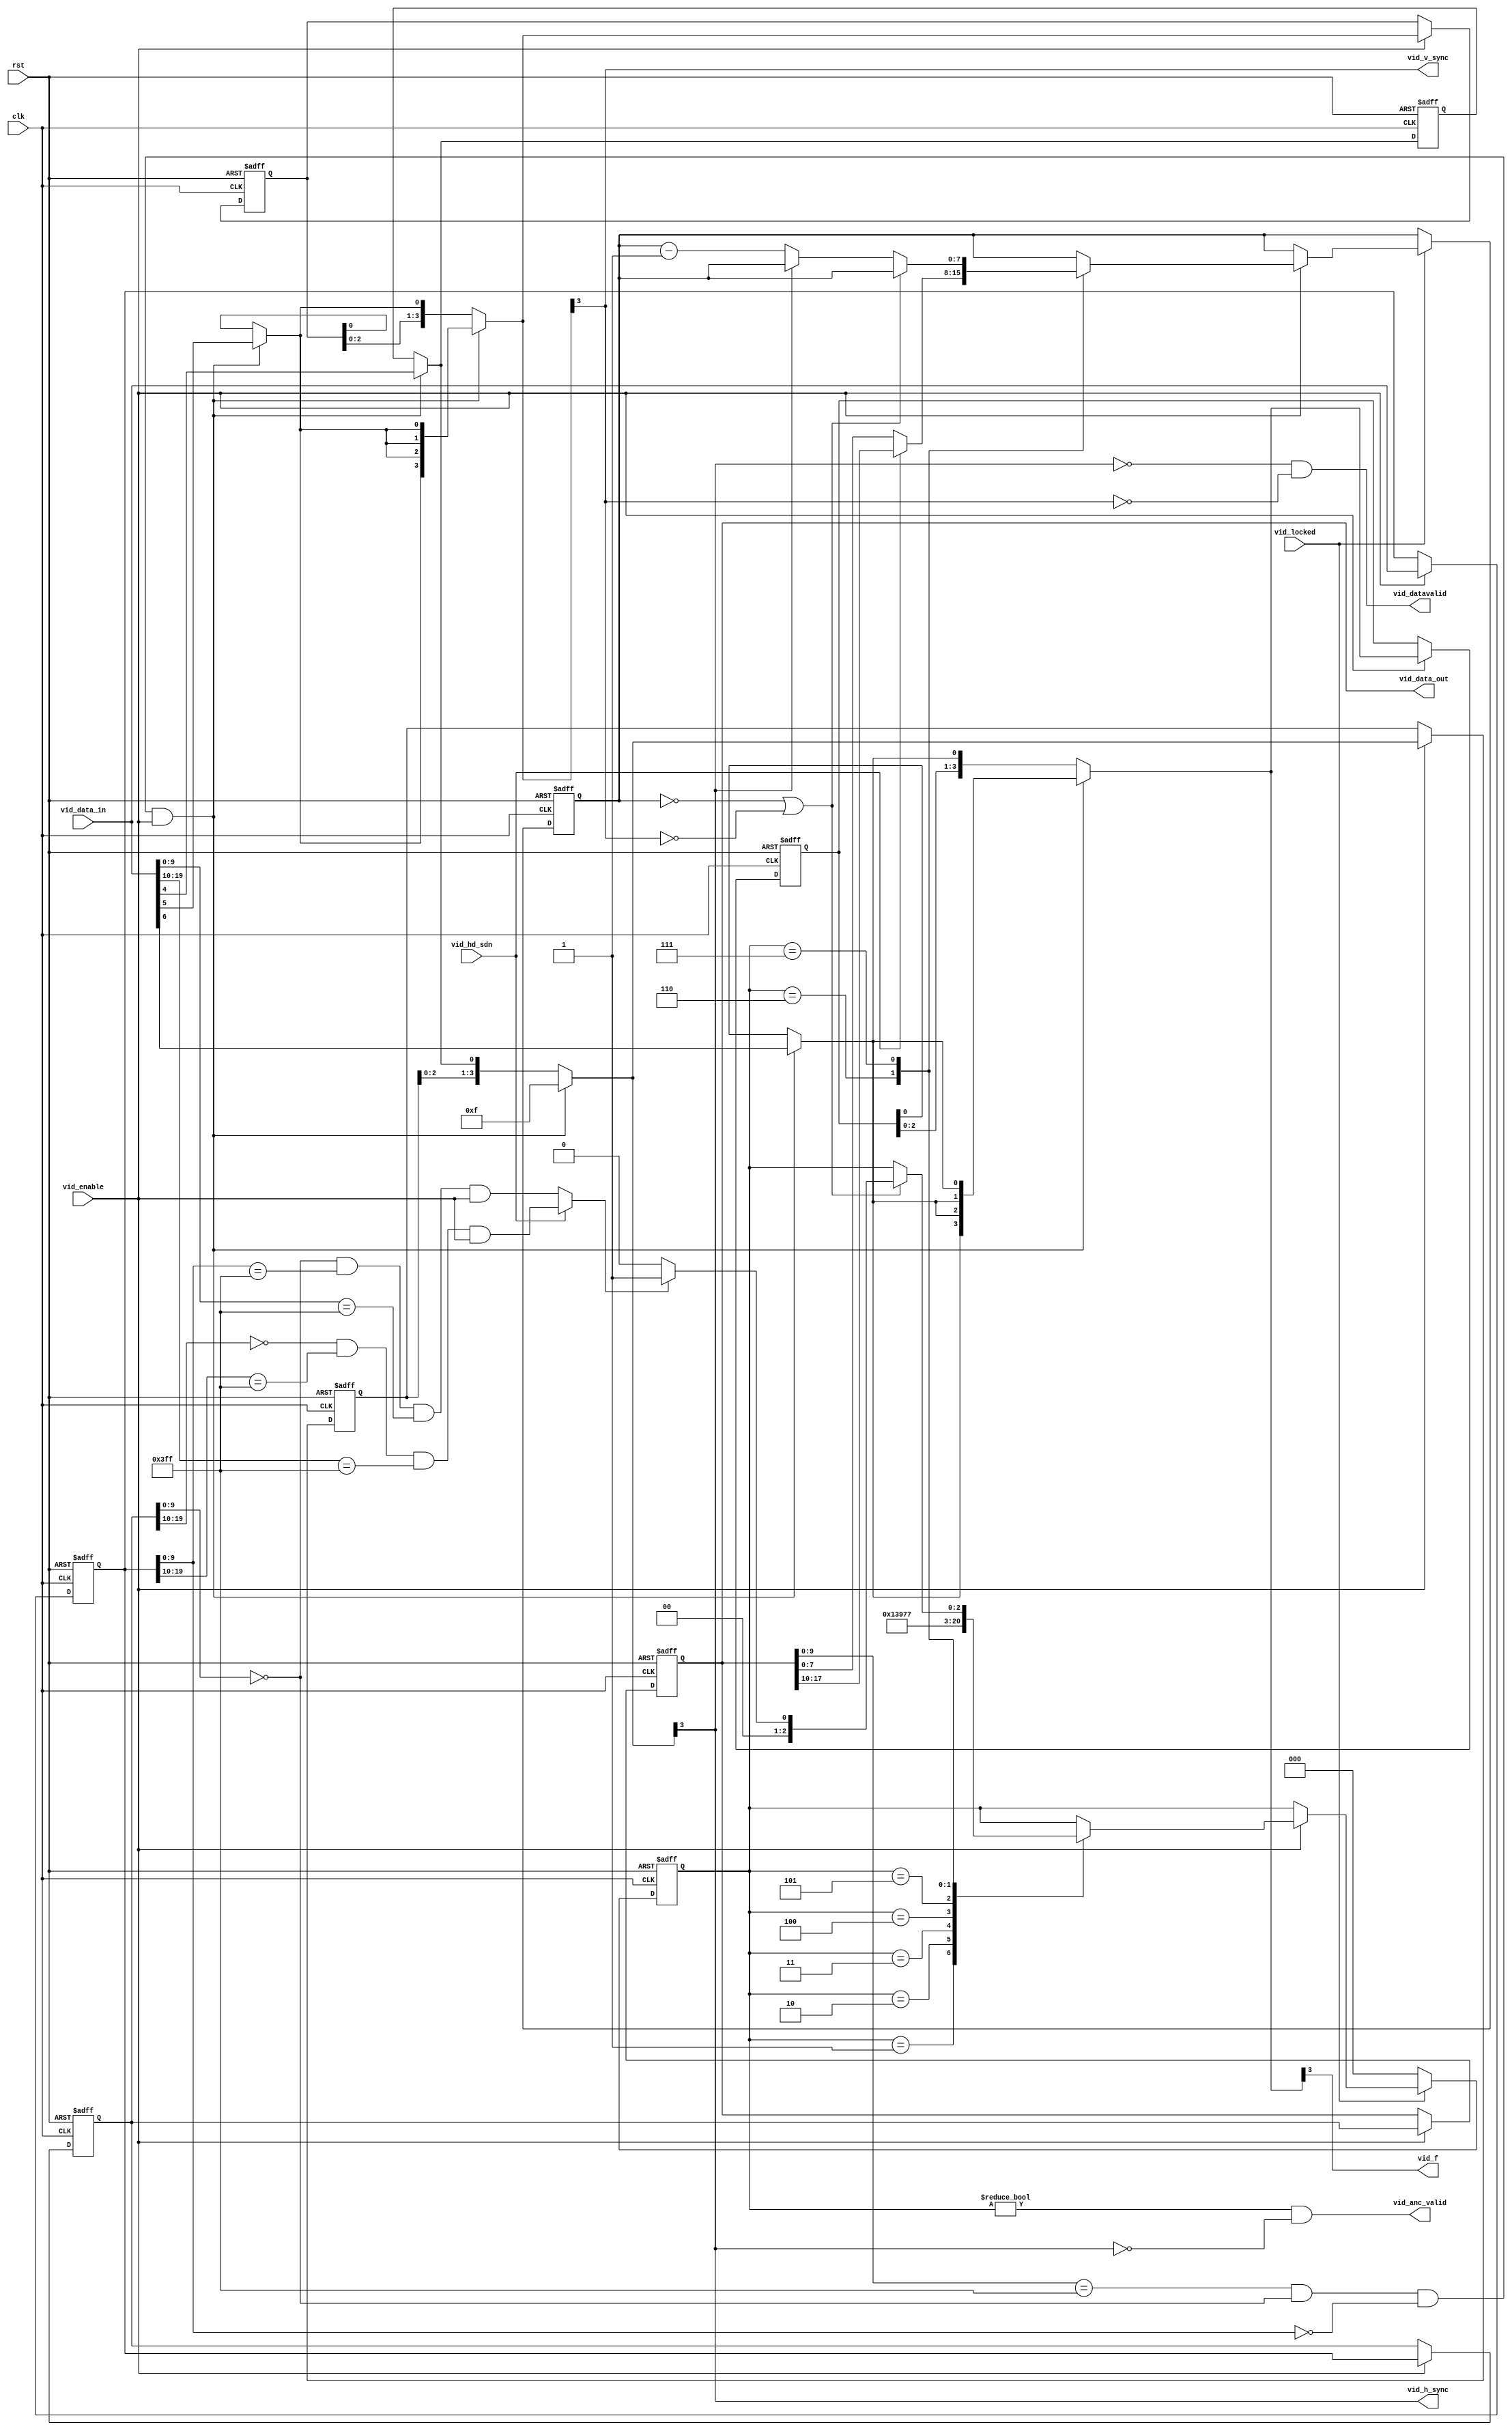
module alt_vipcti131_Vid2IS_embedded_sync_extractor
    #(parameter 
        DATA_WIDTH = 20,
        BPS = 10,
        BASE = 0,
        GENERATE_ANC = 0)
    (
        input wire rst,
        input wire clk,
    
        // video
        input wire vid_locked,
        input wire vid_enable,
        input wire vid_hd_sdn,
        input wire [DATA_WIDTH-1:0] vid_data_in,
    
        // optional video ports
        output wire vid_f,
        output wire vid_v_sync,
        output wire vid_h_sync,
        output wire vid_datavalid,
        output wire vid_anc_valid,
        output wire [DATA_WIDTH-1:0] vid_data_out);

// TODO: compile this and fix any errors
        
// When using embedded syncs the h,v and f flags must be extracted from the
// BT656 stream and used to extract the active picture data.
wire trs;
wire anc_nxt, anc_nxt_sd, anc_nxt_hd;
reg [2:0] anc_state;
reg [7:0] data_count;
wire [7:0] data_count_next, data_count_next_sd, data_count_next_hd;
reg [DATA_WIDTH-1:0] vid_data0, vid_data1, vid_data2;
reg [3:0] wrreq_regs;
wire h_next, v_next, f_next;
wire h, v;
reg h_reg;
reg [3:0] f_delay, h_delay, v_delay;
wire [3:0] f_delay_nxt, h_delay_nxt, v_delay_nxt;

localparam ANC_IDLE         = 3'd0;
localparam ANC_DATA_FLAG_1  = 3'd1;
localparam ANC_DATA_FLAG_2  = 3'd2;
localparam ANC_DATA_FLAG_3  = 3'd3;
localparam ANC_DID          = 3'd4;
localparam ANC_SID          = 3'd5;
localparam ANC_DATA_COUNT   = 3'd6;
localparam ANC_USER_WORDS   = 3'd7;

assign vid_data_out = vid_data2;

assign trs = (vid_data2[BPS-1:0] == {BPS{1'b1}}) &
             (vid_data1[BPS-1:0] == {BPS{1'b0}}) &
             (vid_data0[BPS-1:0] == {BPS{1'b0}}) &
             vid_enable;
             
assign anc_nxt_sd = (vid_data1[BPS-1:0]    == {BPS{1'b0}}) &
                    (vid_data0[BPS-1:0]    == {BPS{1'b1}}) &
                    (vid_data_in[BPS-1:0]  == {BPS{1'b1}}) &
                    vid_enable;
assign data_count_next_sd = vid_data2[7:0];

assign anc_nxt_hd = (vid_data1[DATA_WIDTH-1:DATA_WIDTH-BPS]    == {BPS{1'b0}}) &
                    (vid_data0[DATA_WIDTH-1:DATA_WIDTH-BPS]    == {BPS{1'b1}}) &
                    (vid_data_in[DATA_WIDTH-1:DATA_WIDTH-BPS]  == {BPS{1'b1}}) &
                    vid_enable;
assign data_count_next_hd = vid_data2[(DATA_WIDTH-BPS)+7:DATA_WIDTH-BPS];

assign anc_nxt = (vid_hd_sdn) ? anc_nxt_hd : anc_nxt_sd;
assign data_count_next = (vid_hd_sdn) ? data_count_next_hd : data_count_next_sd;

assign vid_anc_valid = anc_state != ANC_IDLE && !vid_h_sync;
assign h_next = (trs) ? vid_data_in[BASE+4] : h_reg;
assign v_next = (trs) ? vid_data_in[BASE+5] : v_delay[0];
assign f_next = (trs) ? vid_data_in[BASE+6] : f_delay[0];
assign h_delay_nxt = (trs) ? 4'b1111 : {h_delay[2:0], h_next};
assign v_delay_nxt = (trs) ? {4{v_next}} : {v_delay[2:0], v_next};
assign f_delay_nxt = (trs) ? {4{f_next}} : {f_delay[2:0], f_next};
assign h = h_delay_nxt[3];
assign v = v_delay_nxt[3];
assign vid_f = f_delay_nxt[3];
assign vid_h_sync = h;
assign vid_v_sync = v;
assign vid_datavalid = ~h & ~v;
assign count_cycle = vid_enable;
assign last_sample = (v_next && ~v_delay[0]) || (anc_state == ANC_DATA_FLAG_3 && ~anc_nxt);

always @ (posedge rst or posedge clk) begin
    if(rst) begin
        vid_data0 <= {DATA_WIDTH{1'b0}};
        vid_data1 <= {DATA_WIDTH{1'b0}};
        vid_data2 <= {DATA_WIDTH{1'b0}};
        
        h_reg <= 1'b0;
        h_delay <= 4'b000;
        v_delay <= 4'b000;
        f_delay <= 4'b000;
        
        anc_state <= ANC_IDLE;
        data_count <= 8'd0;
    end else begin
        vid_data0 <= (vid_enable) ? vid_data_in  : vid_data0;
        vid_data1 <= (vid_enable) ? vid_data0 : vid_data1;
        vid_data2 <= (vid_enable) ? vid_data1 : vid_data2;
        
        h_reg <= h_next;
        if(vid_enable) begin
            h_delay <= h_delay_nxt;
            v_delay <= v_delay_nxt;
            f_delay <= f_delay_nxt;
        end
        
        if(vid_locked) begin
            if(vid_enable) begin
                case(anc_state)
                    ANC_IDLE: begin
                        if(anc_nxt && !h_next && GENERATE_ANC == 1)
                            anc_state <= ANC_DATA_FLAG_1;
                    end
                    ANC_DATA_FLAG_1: begin
                        anc_state <= ANC_DATA_FLAG_2;
                    end
                    ANC_DATA_FLAG_2: begin
                        anc_state <= ANC_DATA_FLAG_3;
                    end
                    ANC_DATA_FLAG_3: begin
                        anc_state <= ANC_DID;
                    end
                    ANC_DID: begin
                        anc_state <= ANC_SID;
                    end
                    ANC_SID: begin
                        anc_state <= ANC_DATA_COUNT;
                    end
                    ANC_DATA_COUNT: begin
                        data_count <= data_count_next;
                        anc_state <= ANC_USER_WORDS;
                    end
                    ANC_USER_WORDS: begin
                        if(data_count == 8'd0 || !vid_v_sync)
                            if(anc_nxt)
                                anc_state <= ANC_DATA_FLAG_1;
                            else
                                anc_state <= ANC_IDLE;
                        else if(!vid_h_sync)
                              data_count <= data_count - 8'd1;
                    end
                endcase
            end
        end else begin
            anc_state <= ANC_IDLE;
        end
    end
end

endmodule